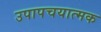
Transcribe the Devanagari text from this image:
उपापचयात्मक